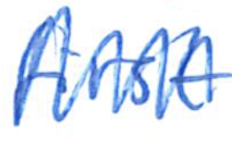
Text: first
Cross-out: zig-zag
Writing tool: ballpoint